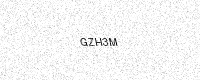
Text: GZH3M